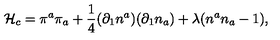
{ \cal H } _ { c } = \pi ^ { a } \pi _ { a } + \frac { 1 } { 4 } ( \partial _ { 1 } n ^ { a } ) ( \partial _ { 1 } n _ { a } ) + \lambda ( n ^ { a } n _ { a } - 1 ) ,